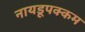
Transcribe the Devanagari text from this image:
नायडूपक्कम